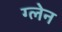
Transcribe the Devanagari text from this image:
ग्‍लेन